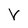
Character: V